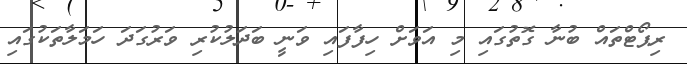
ރިޕޯޓްތައް ބުނާ ގޮތުގައި މި އަވަށް ހިފާފައި ވަނީ ބަދަލުކުރި ވަރުގަދަ ހަމަލާތަކުގައި